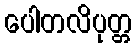
ပေါတလိပုတ္တ